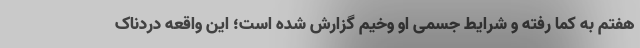
هفتم به کما رفته و شرایط جسمی او وخیم گزارش شده است؛ این واقعه دردناک